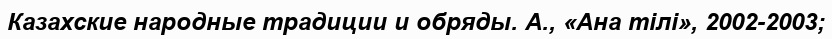
Казахские народные традиции и обряды. А., «Ана тілі», 2002-2003;